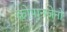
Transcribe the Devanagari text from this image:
क्रोपानजेनो